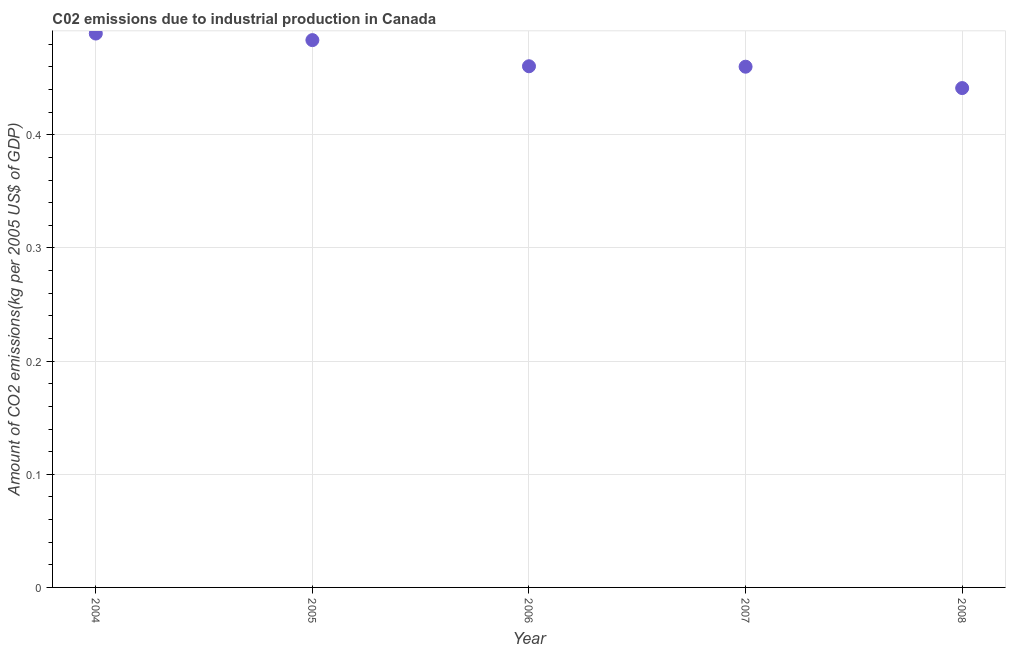
| Year | CO2 emissions  |
 | --- | --- |
 | 2004 | 0.489 |
 | 2005 | 0.484 |
 | 2006 | 0.461 |
 | 2007 | 0.46 |
 | 2008 | 0.441 |